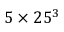
5 \times 2 5 ^ { 3 }